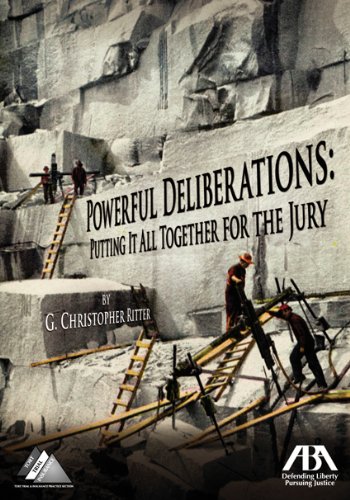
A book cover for Powerful Deliberations: Putting it All Together for the Jury; G. Christopher Ritter; Law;